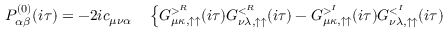
\begin{array} { r l } { P _ { \alpha \beta } ^ { ( 0 ) } ( i \tau ) = - 2 i c _ { \mu \nu \alpha } } & { { } \left\{ G _ { \mu \kappa , \uparrow \uparrow } ^ { > ^ { R } } ( i \tau ) G _ { \nu \lambda , \uparrow \uparrow } ^ { < ^ { R } } ( i \tau ) - G _ { \mu \kappa , \uparrow \uparrow } ^ { > ^ { I } } ( i \tau ) G _ { \nu \lambda , \uparrow \uparrow } ^ { < ^ { I } } ( i \tau ) \right. } \end{array}